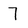
Character: 7